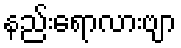
နည်းရောလားဗျာ